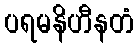
ပရမနိဟီနတံ